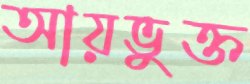
আয়ভুক্ত